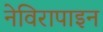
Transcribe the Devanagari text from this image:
नेविरापाइन